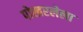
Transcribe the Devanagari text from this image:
पोखरलेला